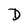
Character: D